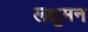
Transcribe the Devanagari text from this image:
लक्षुमन